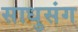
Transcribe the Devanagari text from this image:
साधुसंग